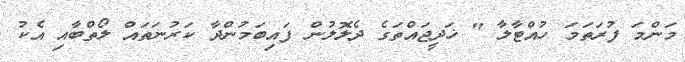
މަންމަ ފުރަތަމަ ހުއްޓާލާ " ޚަދީޖައްތަގެ ދެލޮލުން ފައިބަމުންދާ ކަރުނަތައް ލޯތްބާއި އެކު